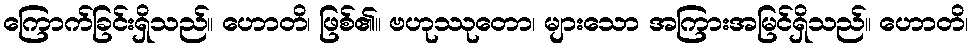
ကြောက်ခြင်းရှိသည်။ ဟောတိ၊ ဖြစ်၏။ ဗဟုဿုတော၊ များသော အကြားအမြင်ရှိသည်။ ဟောတိ၊